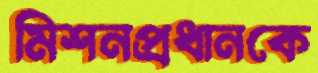
মিশনপ্রধানকে